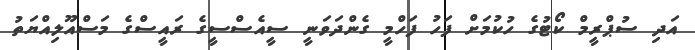
އަދި ސުޕްރީމް ކޯޓުގެ ހުކުމަށް ފަހު ފަހްމީ ގެންދަވަނީ ސީއެސްސީގެ ރައީސްގެ މަސްއޫލިއްޔަތު